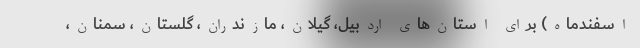
اسفندماه) برای استان‌های اردبیل، گیلان، مازندران، گلستان، سمنان،